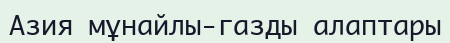
Азия мұнайлы-газды алаптары